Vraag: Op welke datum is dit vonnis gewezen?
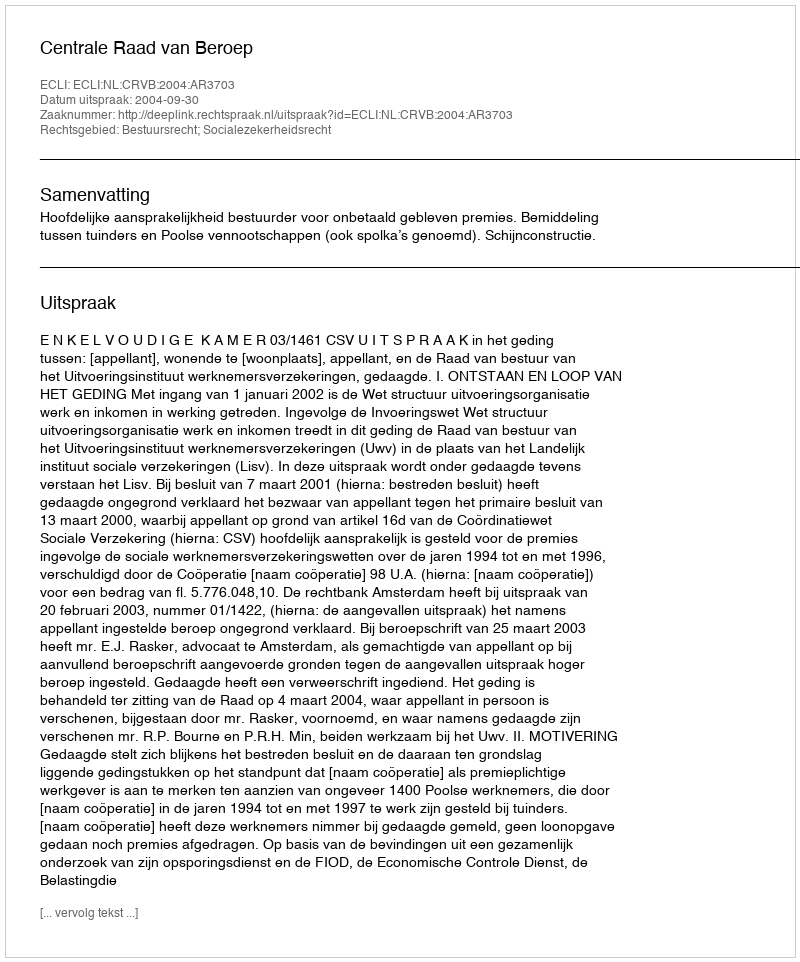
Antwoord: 2004-09-30